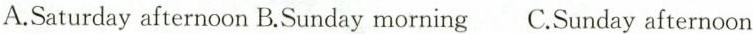
A.Saturday afternoon B.Sunday morning C.Sunday afternoon